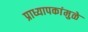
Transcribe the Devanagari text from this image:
प्राध्यापकांमुळे